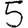
Digit: 5